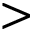
>